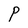
Character: P